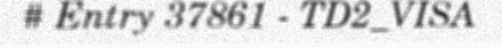
# Entry 37861 - TD2_VISA